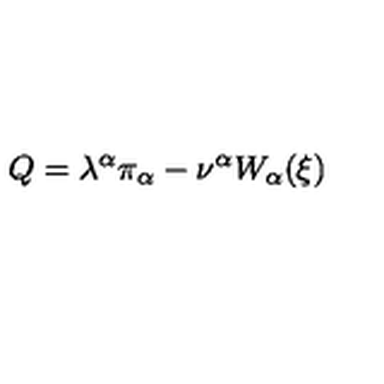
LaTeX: Q = \lambda ^ { \alpha } \pi _ { \alpha } - \nu ^ { \alpha } W _ { \alpha } ( \xi )